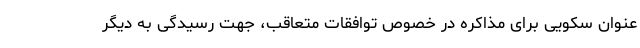
عنوان سکویی برای مذاکره در خصوص توافقات متعاقب، جهت رسیدگی به دیگر